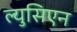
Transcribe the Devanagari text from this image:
ल्युसिएन